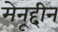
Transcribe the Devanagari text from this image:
मेनूद्दीन